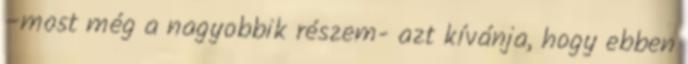
–most még a nagyobbik részem- azt kívánja, hogy ebben